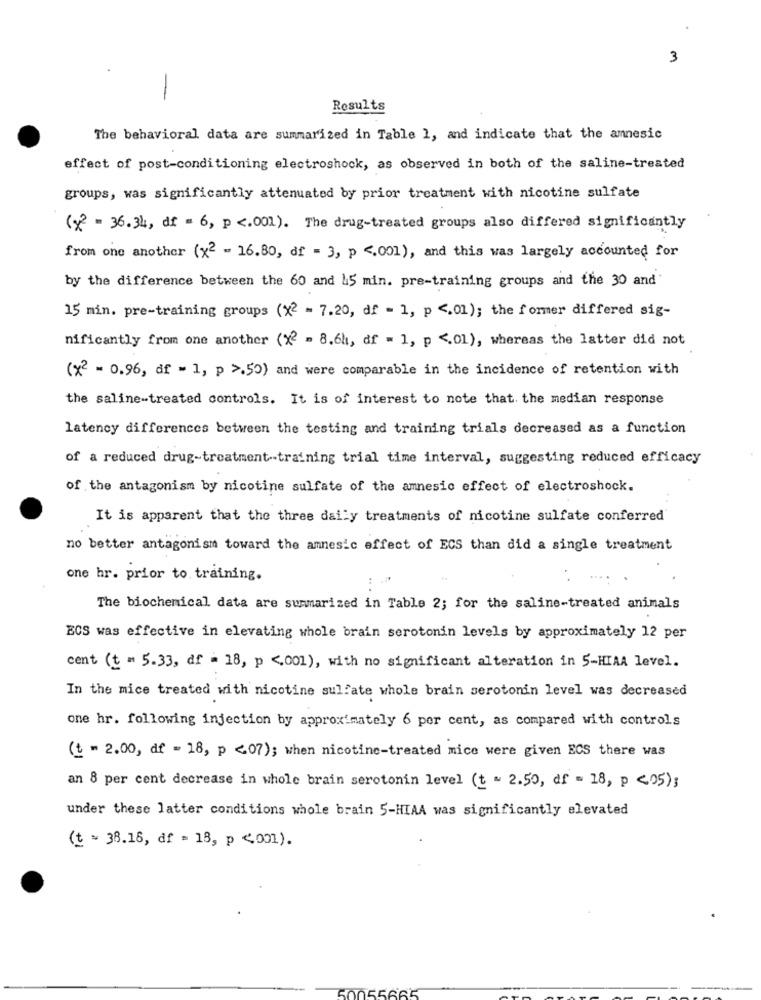
3
-
Results
The behavioral data are summarized in Table 1, and indicate that the amnesic
effect of post-conditioning electroshock, as observed in both of the saline-treated
groups, was significantly attenuated by prior treatment with nicotine sulfate
(x2 = 36.34, df = 6, p <. 001). The drug-treated groups also differed significantly
from one another (x2 - 16.80, df = 3, p <. 001), and this was largely accounted for
by the difference between the 60 and 45 min. pre-training groups and the 30 and
15 min. pre-training groups (x2 = 7.20, df = 1, p <. 01); the former differed sig-
nificantly from one another (x2 = 8.64, df = 1, p <. 01), whereas the latter did not
(x2 - 0.96, df = 1, p >.50) and were comparable in the incidence of retention with
the saline-treated controls. It is of interest to note that the median response
latency differences between the testing and training trials decreased as a function
of a reduced drug-treatment -- training trial time interval, suggesting reduced efficacy
of the antagonism by nicotine sulfate of the amnesic effect of electroshock.
It is apparent that the three daily treatments of nicotine sulfate conferred
no better antagonism toward the amnesic effect of ECS than did a single treatment
one hr. prior to training.
The biochemical data are summarized in Table 2; for the saline-treated animals
BCS was effective in elevating whole brain serotonin levels by approximately 12 per
cent (t = 5.33, df - 18, p <001), with no significant alteration in 5-HIAA level.
In the mice treated with nicotine sulfate whole brain serotonin level was decreased
one hr. following injection by approximately 6 per cent, as compared with controls
(₺ = 2.00, de = 18, p <07); when nicotine-treated mice were given ECS there was
an 8 per cent decrease in whole brain serotonin level (t = 2.50, af = 18, p <05);
under these latter conditions whole brain 5-HIAA was significantly elevated
(t = 38.16, df = 18, p <001).